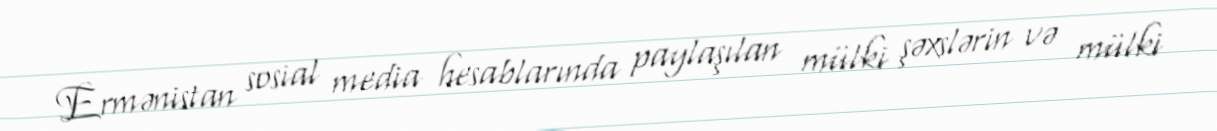
Ermənistan sosial media hesablarında paylaşılan mülki şəxslərin və mülki